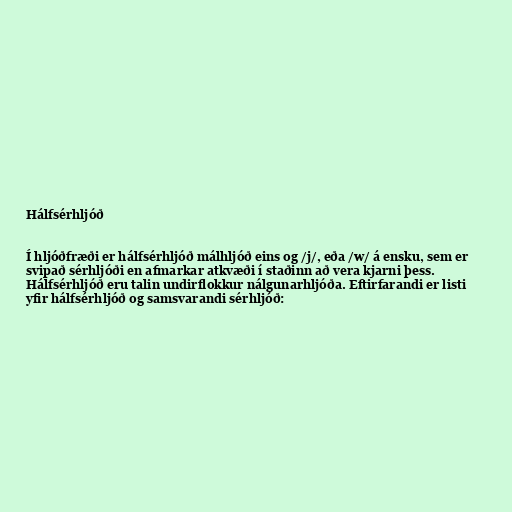
Hálfsérhljóð

Í hljóðfræði er hálfsérhljóð málhljóð eins og /j/, eða /w/ á ensku, sem er
svipað sérhljóði en afmarkar atkvæði í staðinn að vera kjarni þess.
Hálfsérhljóð eru talin undirflokkur nálgunarhljóða. Eftirfarandi er listi
yfir hálfsérhljóð og samsvarandi sérhljóð: